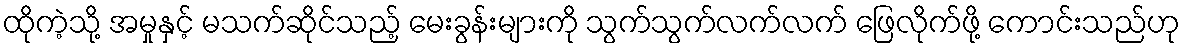
ထိုကဲ့သို့ အမှုနှင့် မသက်ဆိုင်သည့် မေးခွန်းများကို သွက်သွက်လက်လက် ဖြေလိုက်ဖို့ ကောင်းသည်ဟု